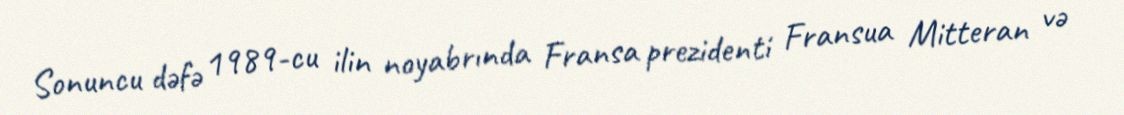
Sonuncu dəfə 1989-cu ilin noyabrında Fransa prezidenti Fransua Mitteran və